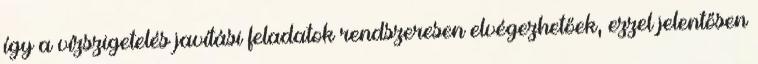
így a vízszigetelés javítási feladatok rendszeresen elvégezhetőek, ezzel jelentősen